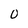
Character: 0